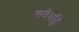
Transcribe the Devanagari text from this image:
सदैवहि